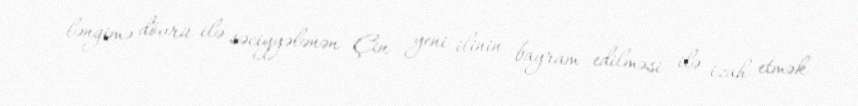
ləngimə dövrü ilə səciyyələnən Çin yeni ilinin bayram edilməsi ilə izah etmək